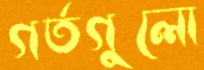
গর্তগুলো